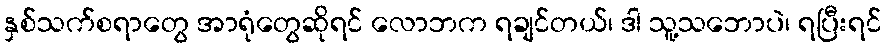
နှစ်သက်စရာတွေ အာရုံတွေဆိုရင် လောဘက ရချင်တယ်၊ ဒါ သူ့သဘောပဲ၊ ရပြီးရင်